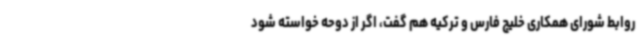
روابط شورای همکاری خلیج فارس و ترکیه هم گفت، اگر از دوحه خواسته شود